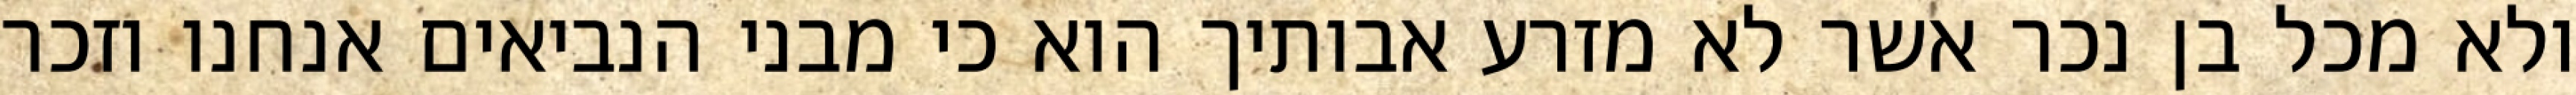
ולא מכל בן נכר אשר לא מזרע אבותיך הוא כי מבני הנביאים אנחנו וזכר